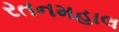
રતનમહાલ